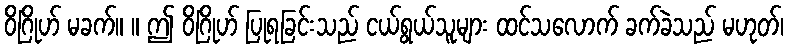
ဝိဂြိုဟ် မခက်။ ။ ဤ ဝိဂြိုဟ် ပြုရခြင်းသည် ငယ်ရွယ်သူများ ထင်သလောက် ခက်ခဲသည် မဟုတ်၊